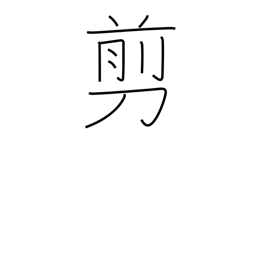
Meaning: snip